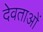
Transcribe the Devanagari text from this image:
देवताअाें